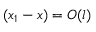
( x _ { 1 } - x ) = O ( l )